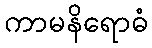
ကာမနိရောဓံ